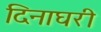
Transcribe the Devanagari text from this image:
दिनाघरी